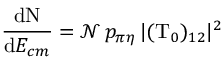
\frac { \mathrm { d } \mathrm { N } } { \mathrm { d } E _ { c m } } = { \mathcal { N } } \, p _ { \pi \eta } \, | ( \mathrm { T } _ { 0 } ) _ { 1 2 } | ^ { 2 }